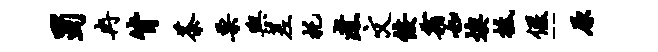
蜀冉背茶栗舆差托煮文佞霜如燠抵偃-原